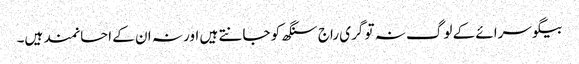
بیگو سرائے کے لوگ نہ تو گری راج سنگھ کو جانتے ہیں اور نہ ان کے احسانمند ہیں۔